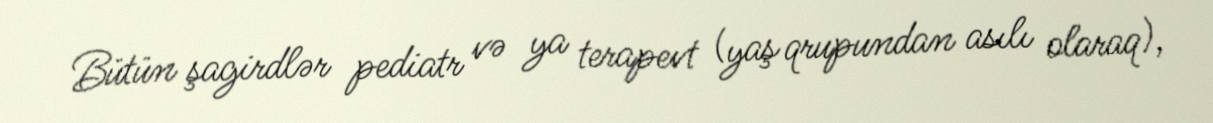
Bütün şagirdlər pediatr və ya terapevt (yaş qrupundan asılı olaraq),